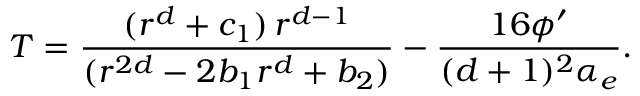
T = { \frac { ( r ^ { d } + c _ { 1 } ) \, r ^ { d - 1 } } { ( r ^ { 2 d } - 2 b _ { 1 } r ^ { d } + b _ { 2 } ) } } - { \frac { 1 6 \phi ^ { \prime } } { ( d + 1 ) ^ { 2 } \alpha _ { e } } } .